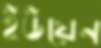
ইউয়েন